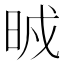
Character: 𣆒